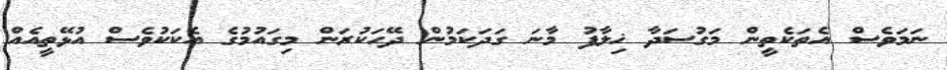
ނަމަވެސް އެތަކެތީން މަގުސަދާ ޚިލާފު މާނަ ގަދަކަމުން ދޭހަކުރަން މިގައުމުގެ އެކަކުވެސް އުޅޭތީއެއް